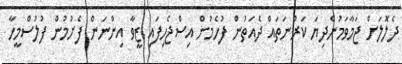
ދެލޮލަށް ޖަމާވަމުންދިޔަ ކަރުނަތައް ދެއަތުން ފުހެމުން އިސްޖެހިފައި ޒީވާ އިންނަން ފެށުމުން ފުލުސްމީހާ